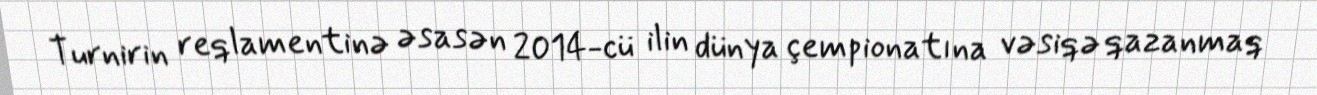
Turnirin reqlamentinə əsasən 2014-cü ilin dünya çempionatına vəsiqə qazanmaq